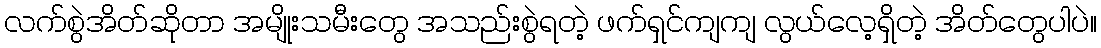
လက်စွဲအိတ်ဆိုတာ အမျိုးသမီးတွေ အသည်းစွဲရတဲ့ ဖက်ရှင်ကျကျ လွယ်လေ့ရှိတဲ့ အိတ်တွေပါပဲ။